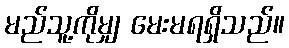
မည်သူ့ကိုမျှ မေးမရရှိသည်။